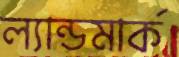
ল্যান্ডমার্ক